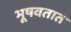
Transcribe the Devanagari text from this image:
भूषवतात